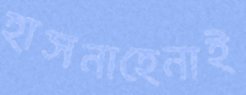
হাসনাহেনাই